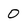
Character: 0